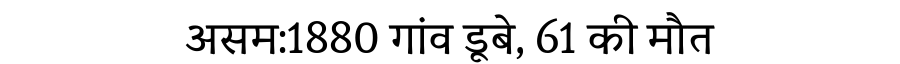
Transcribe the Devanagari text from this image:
असम:1880 गांव डूबे, 61 की मौत